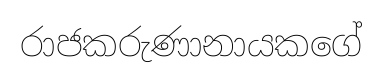
රාජකරුණානායකගේ